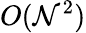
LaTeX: O(\mathcal{N}^{2})